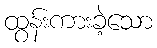
ထွန်းကားခဲ့သော